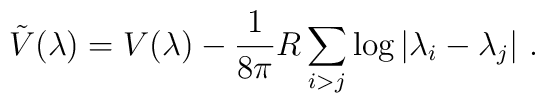
\tilde{V}(\lambda) = V(\lambda) - \frac{1}{8 \pi} R \sum_{i>j} \log |\lambda_i -\lambda_j|~.